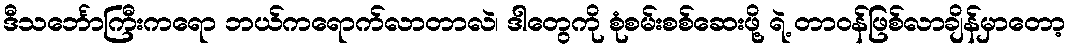
ဒီသင်္ဘောကြီးကရော ဘယ်ကရောက်လာတာလဲ၊ ဒါတွေကို စုံစမ်းစစ်ဆေးဖို့ ရဲ့ တာဝန်ဖြစ်လာချိန်မှာတော့